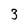
Character: 3